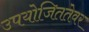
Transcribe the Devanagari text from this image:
उपयोजिततेवर